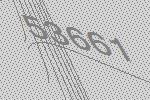
53661